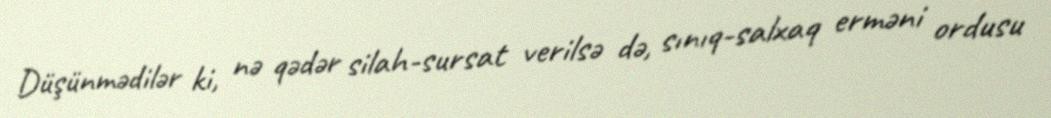
Düşünmədilər ki, nə qədər silah-sursat verilsə də, sınıq-salxaq erməni ordusu